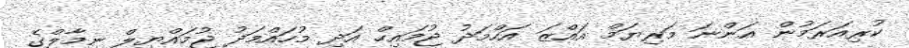
ކުރިއަރަމުން އަންނަ މަރިޔަމް އައްޒަ އަހްމަދު ޖުމައިހް އަދި މުހައްމަދު ޖުމައްޔިލް ނިމާލްގެ